Vital statistics of India. Vol. V, Reports of 1876 on armies & jails and on epidemic cholera
Year: 1876
Disease focus: Cholera
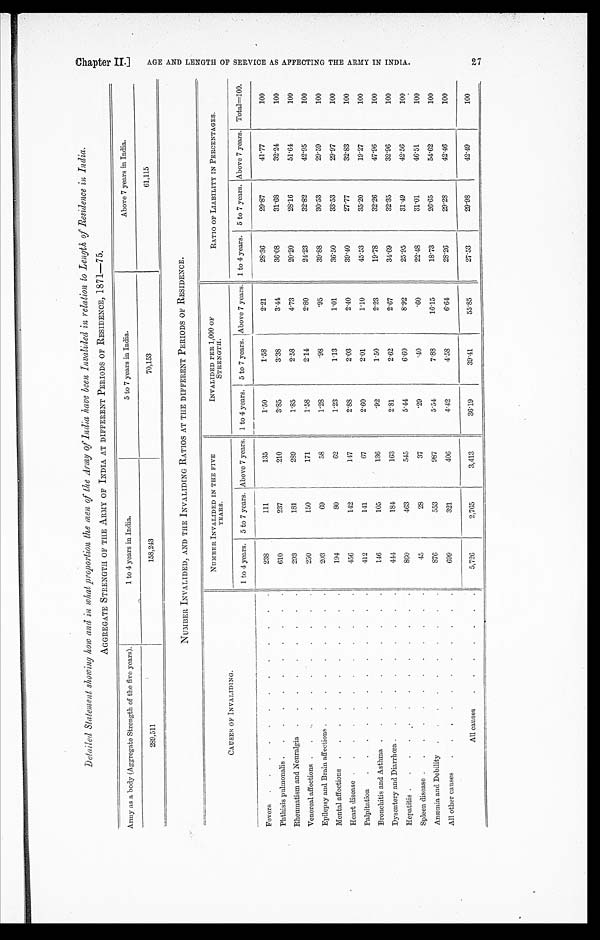
Detailed Statement showing how and in what proportion the men of the Army of India have been Invalided in relation to Length of Residence in India.
AGGREGATE STRENGTH OF THE ARMY OF INDIA AT DIFFERENT PERIODS OF RESIDENCE, 1871—75.
Army as a body (Aggregate Strength of the five years).
1 to 4 years in India.
5 to 7 years in India.
Above 7 years in India.
289,511
158,243
70,153
61,115
NUMBER INVALIDED, AND THE INVALIDING RATIOS AT THE DIFFERENT PERIODS OF RESIDENCE.
CAUSES OF INVALIDING.
NUMBER INVALIDED IN THE FIVE
YEARS.
INVALIDED PER 1,000 OF
S T R E N G T H .
RATIO OF LIABILITY IN PERCENTAGES.
1 to 4 years.
5 to 7 years. Above 7 years.
1 to 4 years. 5 to 7 years. Above 7 years.
1 to 4 years.
5 to 7 years. Above 7 years.
Total=100.
Fevers . . .
238
111
135
1.50
1.58
2.21
28.36
29.87
41.77
100
Phthisis pulmonalis . . .
610
237
210
3.85
3.38
3.44
36.08
31.68
32.24
100
Rheumatism and Neuralgia . . .
293
181
289
1.85
2. 58
4.73
20.20
28.16
51.64
100
Venereal affections . . .
250
150
171
1.58
2.14
2.80
24.23
32.82
42.95
100
Epilepsy and Brain affections . . .
203
69
58
1.28
.98
.95
39.88
30.53
29.59
100
Mental affections . . .
194
80
62
1.23
1.13
1.01
36.50
33.53
29.97
100
Heart disease . . .
456
142
147
2.88
2.03
2.40
39.40
27.77
32.83
100
Palpitation . . .
412
141
67
2.60
2.01
1.10
45.53
35.20
19.27
100
Bronchitis and Asthma . . .
146
105
136
.92
1.50
2.23
19.78
32.26
47.96
100
Dysentery and Diarrhœa . . .
444
184
163
2.81
2.62
2.67
34.69
32.35
32.96
100
Hepatitis . . .
860
463
545
5.44
6.60
8.92
25.95
31.49
42.56
100
Spleen disease . . .
45
28
37
.29
.40
.60
22.48
31.01
46.51
100
Anæmia and Debility . . .
876
553
987
5.54
7.88
16.15
18.73
26.65
54.62
100
All other causes . . .
699
321
406
4.42
4.58
6.64
28.26
29.28
42.46
100
All causes . . .
5,726
2,765
3,413
36.19
39.41
55.85
27.53
29.98
42.49
100
Chapter II.]
A G E A N D L E N G T H O F S E R V I C E A S A F F E C T I N G T H E A R M Y I N I N D I A 2 7